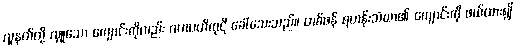
လူနတ်တို့ လှူသော ကျောင်းကိုလည်း ဂဟပတိကုဋိ ခေါ်သေးသည်။ တစ်ဖန် ရဟန်းသံဃာ၏ ကျောင်းကို ဖယ်ထား၍